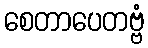
စေတာပေတဗ္ဗံ